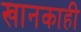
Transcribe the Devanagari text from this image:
खानकाही